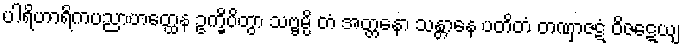
ပါရိဟာရိကပညာဟတ္ထေန ဥက္ခိပိတွာ သဗ္ဗမ္ပိ တံ အတ္တနော သန္တာနေ ပတိတံ တဏှာဇဋံ ဝိဇဋေယျ